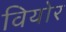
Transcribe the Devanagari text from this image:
वियोर